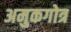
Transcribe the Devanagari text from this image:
अमुकगोत्र